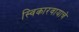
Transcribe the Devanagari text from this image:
स्विकारवायाचे